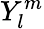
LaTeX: Y_{l}^{m}